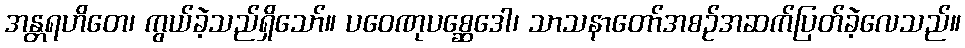
အန္တရဟိတေ၊ ကွယ်ခဲ့သည်ရှိသော်။ ပဝေဏုပစ္ဆေဒေါ၊ သာသနာတော်အစဉ်အဆက်ပြတ်ခဲ့လေသည်။